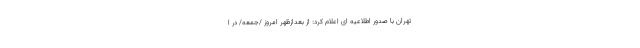
تهران با صدور اطلاعیه ای اعلام کرد: از بعدازظهر امروز /جمعه/ در ا